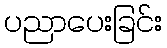
ပညာပေးခြင်း